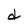
Character: d